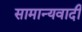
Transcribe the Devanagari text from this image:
सामान्यवादी